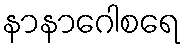
နာနာဂေါစရေ